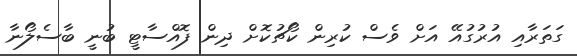
ގަތަރާއި އުރުގުއޭ އަށް ވެސް ކުރިން ކޯޗުކޮށް ދިން ފޮއްސާޓީ ބުނީ ބާސެލޯނާ